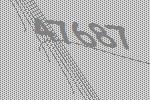
47687